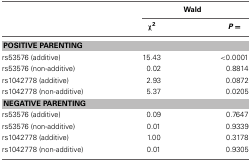
<table><thead><tr><td></td><td colspan="2"><b>Wald</b></td></tr><tr><td></td><td><b>χ<sup>2</sup></b></td><td><b><i>P =</i></b></td></tr></thead><tbody><tr><td colspan="3"><b>POSITIVE PARENTING</b></td></tr><tr><td>rs53576 (additive)</td><td>15.43</td><td>&lt;0.0001</td></tr><tr><td>rs53576 (non-additive)</td><td>0.02</td><td>0.8814</td></tr><tr><td>rs1042778 (additive)</td><td>2.93</td><td>0.0872</td></tr><tr><td>rs1042778 (non-additive)</td><td>5.37</td><td>0.0205</td></tr><tr><td colspan="3"><b>NEGATIVE PARENTING</b></td></tr><tr><td>rs53576 (additive)</td><td>0.09</td><td>0.7647</td></tr><tr><td>rs53576 (non-additive)</td><td>0.01</td><td>0.9339</td></tr><tr><td>rs1042778 (additive)</td><td>1.00</td><td>0.3178</td></tr><tr><td>rs1042778 (non-additive)</td><td>0.01</td><td>0.9305</td></tr></tbody></table>